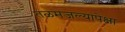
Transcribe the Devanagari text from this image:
तळमजल्यापेक्षा